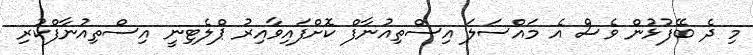
މި ދެ ބޭފުޅުން ވެސް އެ މައްސަލަ އިސްތިއުނާފް ކޮށްފައިވާއިރު ޕްލެޓިނީ އިސްތިއުނާފްކުރި